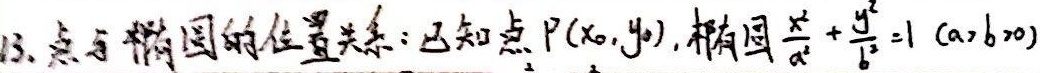
13. 点与椭圆的位置关系：已知点\(P(x_{0},y_{0})\)，椭圆\(\frac{x^{2}}{a^{2}} + \frac{y^{2}}{b^{2}} = 1\ (a > b > 0)\)